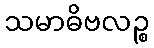
သမာဓိဗလဉ္စ